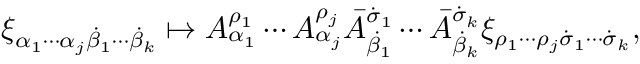
\xi _ { \alpha _ { 1 } \cdots \alpha _ { j } \dot { \beta } _ { 1 } \cdots \dot { \beta } _ { k } } \mapsto A _ { \alpha _ { 1 } } ^ { \rho _ { 1 } } \cdots A _ { \alpha _ { j } } ^ { \rho _ { j } } \bar { A } _ { \dot { \beta } _ { 1 } } ^ { \dot { \sigma } _ { 1 } } \cdots \bar { A } _ { \dot { \beta } _ { k } } ^ { \dot { \sigma } _ { k } } \xi _ { \rho _ { 1 } \cdots \rho _ { j } \dot { \sigma } _ { 1 } \cdots \dot { \sigma } _ { k } } ,